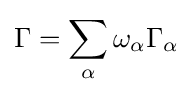
\Gamma =\sum _{\alpha }\omega _{\alpha }\Gamma _{\alpha }